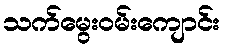
သက်မွေးဝမ်းကျောင်း